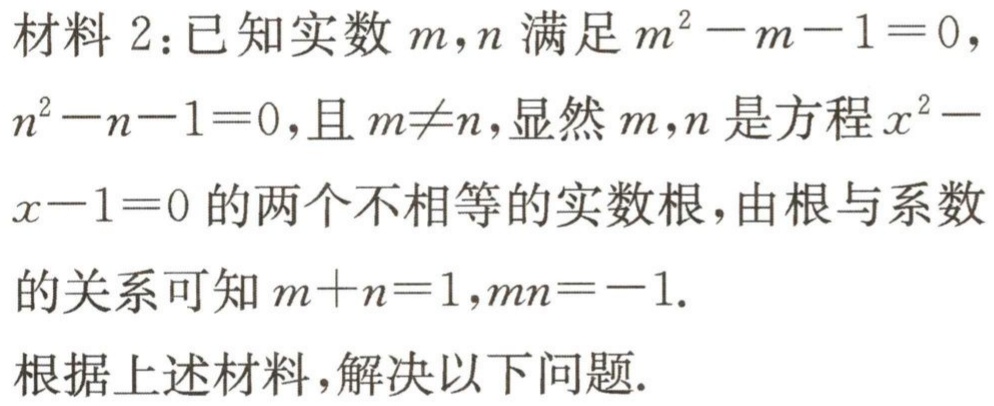
材料2：已知实数\(m,n\)满足\(m^{2}-m - 1 = 0\)，\(n^{2}-n - 1 = 0\)，且\(m\neq n\)，显然\(m,n\)是方程\(x^{2}-x - 1 = 0\)的两个不相等的实数根，由根与系数的关系可知\(m + n = 1\)，\(mn=-1\).
根据上述材料，解决以下问题.